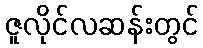
ဇူလိုင်လဆန်းတွင်